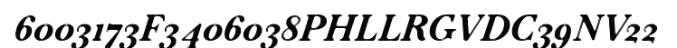
6003173F3406038PHLLRGVDC39NV22